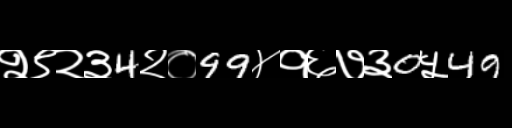
Text: २९२३4२०99४१६७३0५49